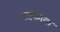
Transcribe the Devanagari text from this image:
माह्कोता